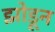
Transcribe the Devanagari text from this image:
झोडून